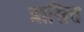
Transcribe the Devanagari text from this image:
त्रासित